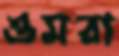
ওমরা